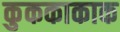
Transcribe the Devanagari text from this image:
कुककाकाक